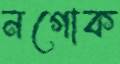
নগোক